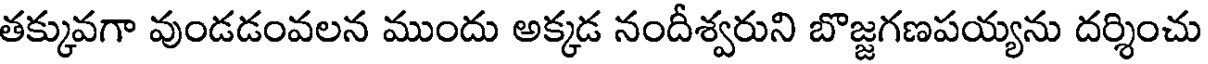
తక్కువగా వుండడంవలన ముందు అక్కడ నందీశ్వరుని బొజ్జగణపయ్యను దర్శించు